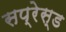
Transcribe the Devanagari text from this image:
सप्रेस्ड